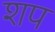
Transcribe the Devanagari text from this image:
शप